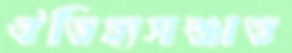
ঐতিহ্যসঞ্জাত